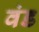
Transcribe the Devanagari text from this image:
वंड